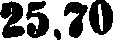
25,70